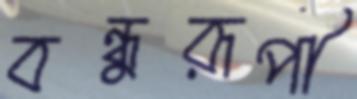
বন্ধুরূপী